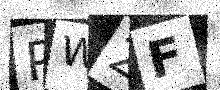
Text: PW2F